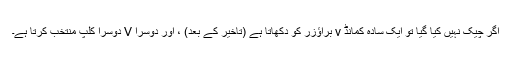
اگر چیک نہیں کیا گیا تو ایک سادہ کمانڈ v براؤزر کو دکھاتا ہے (تاخیر کے بعد) ، اور دوسرا V دوسرا کلپ منتخب کرتا ہے۔